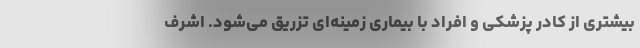
بیشتری از کادر پزشکی و افراد با بیماری زمینه‌ای تزریق می‌شود. اشرف